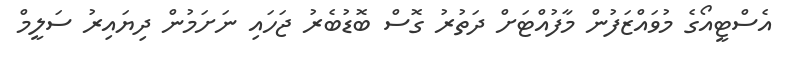
އެސްޓީއޯގެ މުވައްޒަފުން މާފުއްޓަށް ދަތުރު ގޮސް ބޮޑުބެރު ޖަހައި ނަށަމުން ދިޔައިރު ސަލީމް